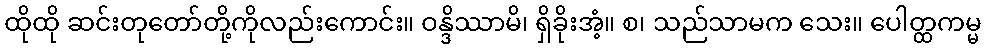
ထိုထို ဆင်းတုတော်တို့ကိုလည်းကောင်း။ ဝန္ဒိဿာမိ၊ ရှိခိုးအံ့။ စ၊ သည်သာမက သေး။ ပေါတ္ထကမ္မ